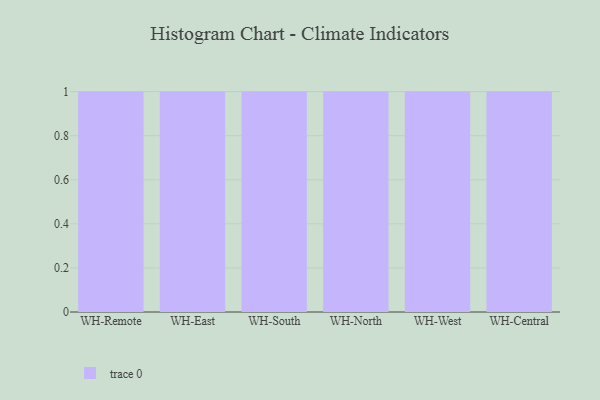
{"axis": {"x": "Warehouse", "y": "Operating Costs (USD K)"}, "legend": [""], "data": [{"x": "WH-Remote", "y": 53, "type": ""}, {"x": "WH-East", "y": 81, "type": ""}, {"x": "WH-South", "y": 21, "type": ""}, {"x": "WH-North", "y": 45, "type": ""}, {"x": "WH-West", "y": 41, "type": ""}, {"x": "WH-Central", "y": 22, "type": ""}]}